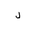
Letter: _lam